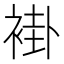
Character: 褂